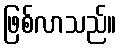
ဖြစ်လာသည်။